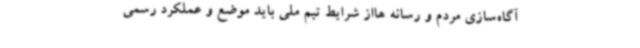
آگاه‌سازی مردم و رسانه هااز شرایط تیم ملی باید موضع و عملکرد رسمی